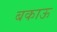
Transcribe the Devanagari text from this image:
बकाऊ